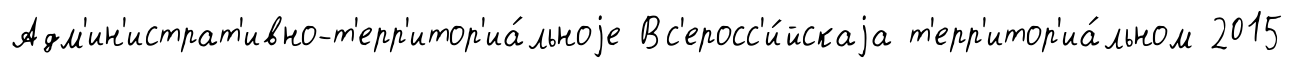
Адм'ин'истрат'ивно-т'ерр'итор'иа́льноjе Вс'еросс'и́йскаjа т'ерр'итор'иа́льном 2015